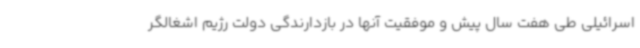
اسرائیلی طی هفت سال پیش و موفقیت آنها در بازدارندگی دولت رژیم اشغالگر